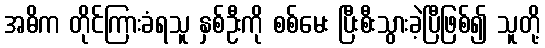
အဓိက တိုင်ကြားခံရသူ နှစ်ဦးကို စစ်မေး ပြီးစီးသွားခဲ့ပြီဖြစ်၍ သူတို့